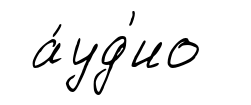
а́уд'ио